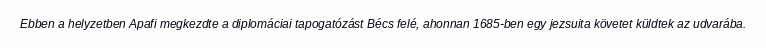
Ebben a helyzetben Apafi megkezdte a diplomáciai tapogatózást Bécs felé, ahonnan 1685-ben egy jezsuita követet küldtek az udvarába.